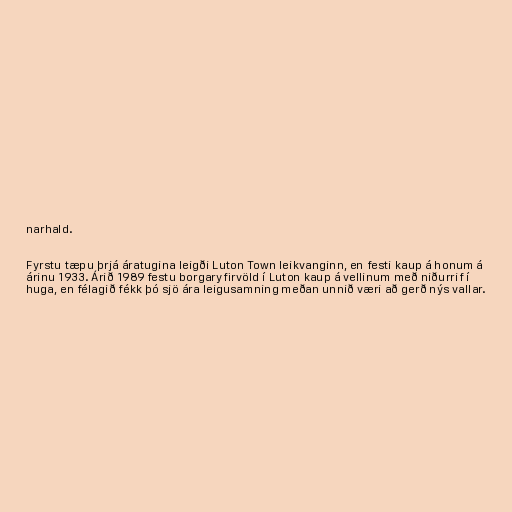
narhald.

Fyrstu tæpu þrjá áratugina leigði Luton Town leikvanginn, en festi kaup á honum á
árinu 1933. Árið 1989 festu borgaryfirvöld í Luton kaup á vellinum með niðurrif í
huga, en félagið fékk þó sjö ára leigusamning meðan unnið væri að gerð nýs vallar.